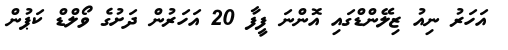
އަހަރު ނިއު ޒިލޭންޑްގައި އޮންނަ ފީފާ 20 އަހަރުން ދަށުގެ ވޯލްޑް ކަޕުން